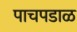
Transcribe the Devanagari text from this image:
पाचपडाळ